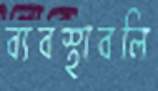
ব্যবস্থাবলি